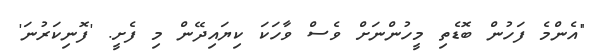
"އެންމެ ފަހުން ބޮޑެތި މީހުންނަށް ވެސް ވާހަކަ ކިޔައިދޭން މި ފެށީ. 'ފޮނިކަރުނަ'